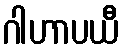
ဂါဟာပယီ